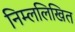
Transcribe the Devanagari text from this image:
निम्ललिखित